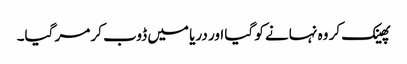
پھینک کر وہ نہانے کو گیا اور دریا میں ڈوب کر مر گیا۔